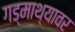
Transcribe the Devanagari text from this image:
गड्माथ्यावर